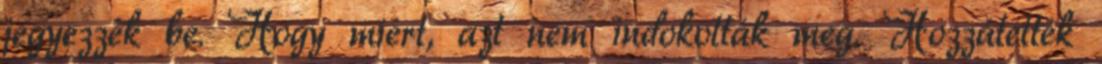
jegyezzék be. Hogy miért, azt nem indokolták meg. Hozzátették